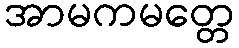
အာမကမတ္တေ